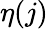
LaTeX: \eta(j)